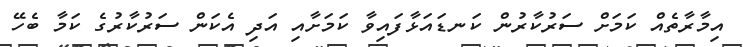
އިމާރާތެއް ކަމަށް ސަރުކާރުން ކަނޑައަޅާފައިވާ ކަމަށާއި އަދި އެކަން ސަރުކާރުގެ ކަމާ ބެހޭ